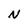
Character: N